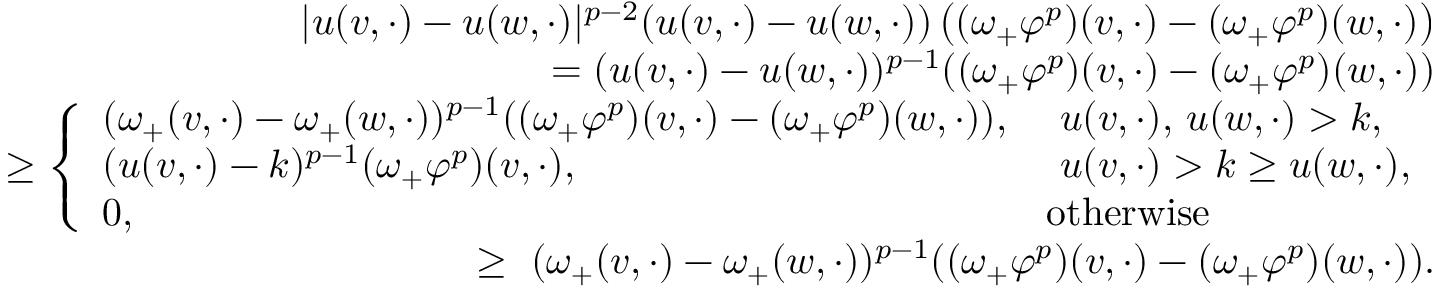
\begin{array} { r l r } & { } & { \lvert u ( v , \cdot ) - u ( w , \cdot ) \rvert ^ { p - 2 } ( u ( v , \cdot ) - u ( w , \cdot ) ) \left( ( \omega _ { + } \varphi ^ { p } ) ( v , \cdot ) - ( \omega _ { + } \varphi ^ { p } ) ( w , \cdot ) \right) } \\ & { } & { \, = ( u ( v , \cdot ) - u ( w , \cdot ) ) ^ { p - 1 } ( ( \omega _ { + } \varphi ^ { p } ) ( v , \cdot ) - ( \omega _ { + } \varphi ^ { p } ) ( w , \cdot ) ) } \\ & { } & { \, \ge \left\{ \begin{array} { l l } { ( \omega _ { + } ( v , \cdot ) - \omega _ { + } ( w , \cdot ) ) ^ { p - 1 } ( ( \omega _ { + } \varphi ^ { p } ) ( v , \cdot ) - ( \omega _ { + } \varphi ^ { p } ) ( w , \cdot ) ) , } & { \ u ( v , \cdot ) , \, u ( w , \cdot ) > k , } \\ { ( u ( v , \cdot ) - k ) ^ { p - 1 } ( \omega _ { + } \varphi ^ { p } ) ( v , \cdot ) , } & { \ u ( v , \cdot ) > k \ge u ( w , \cdot ) , } \\ { 0 , } & { \mathrm { o t h e r w i s e } } \end{array} \right. } \\ & { } & { \, \geq \ ( \omega _ { + } ( v , \cdot ) - \omega _ { + } ( w , \cdot ) ) ^ { p - 1 } ( ( \omega _ { + } \varphi ^ { p } ) ( v , \cdot ) - ( \omega _ { + } \varphi ^ { p } ) ( w , \cdot ) ) . } \end{array}